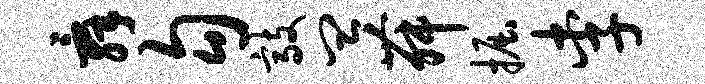
舜勾敲皿舞掘李